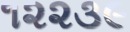
૧૨૨૩૯